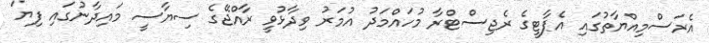
އެރަސްމިއްޔާތުގައި އެޕާޓީގެ ރެޖިސްޓްރާ މުހައްމަދު އުމަރު ވިދާޅުވީ ރާއްޖޭގެ ސިޔާސީ މައިދާނުގައި ފިޔަ